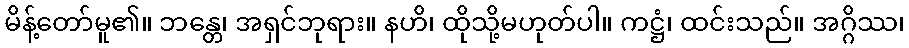
မိန့်တော်မူ၏။ ဘန္တေ၊ အရှင်ဘုရား။ နဟိ၊ ထိုသို့မဟုတ်ပါ။ ကဋ္ဌံ၊ ထင်းသည်။ အဂ္ဂိဿ၊